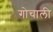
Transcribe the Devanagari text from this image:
गोचाली